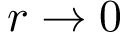
r \rightarrow 0